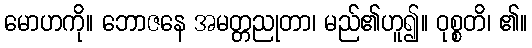
မောဟကို။ ဘောဇနေ အမတ္တညုတာ၊ မည်၏ဟူ၍။ ဝုစ္စတိ၊ ၏။